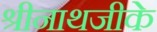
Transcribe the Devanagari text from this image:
श्रीनाथजीके